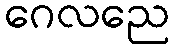
ဂေလညေ